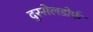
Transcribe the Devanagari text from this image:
दुस्सेलडोर्फ